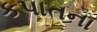
કપાતના